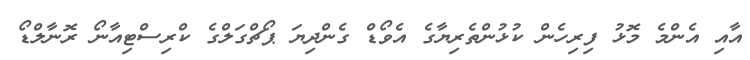
އާއި އެންމެ މޮޅު ފިރިހެން ކުޅުންތެރިޔާގެ އެވޯޑް ގެންދިޔަ ޕޯޗްގަލްގެ ކްރިސްޓިއާނޯ ރޮނާލްޑޯ